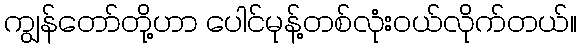
ကျွန်တော်တို့ဟာ ပေါင်မုန့်တစ်လုံးဝယ်လိုက်တယ်။